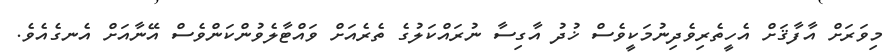
މިވަރަށް އާފާޤަށް އެހީތެރިވެދިނުމަކީވެސް ޚުދު އާގިސާ ނުރައްކަލުގެ ތެރެއަށް ވައްޓާލެވުންކަންވެސް އޭނާއަށް އެނގެއެވެ.